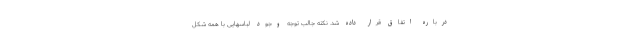
درباره اتفاق قرار داده شد. نکته جالب توجه وجود لباسهایی با همه شکل